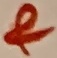
Text: &